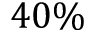
4 0 \%